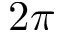
2 \pi